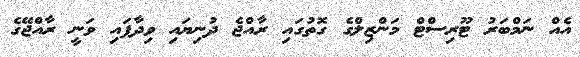
އެއް ނަމްބަރު ޓޫރިސްޓް މަންޒިލްގެ ގޮތުގައި ރާއްޖެ ދުނިޔައި ވިދާފައި ވަނީ ރާއްޖޭގެ